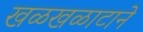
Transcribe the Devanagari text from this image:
खळखळाटाने